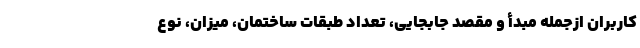
کاربران ازجمله مبدأ و مقصد جابجایی، تعداد طبقات ساختمان، میزان، نوع